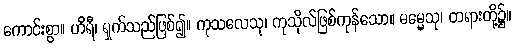
ကောင်းစွာ။ ဟိရီ၊ ရှက်သည်ဖြစ်၍။ ကုသလေသု၊ ကုသိုလ်ဖြစ်ကုန်သော။ ဓမ္မေသု၊ တရားတို့၌။